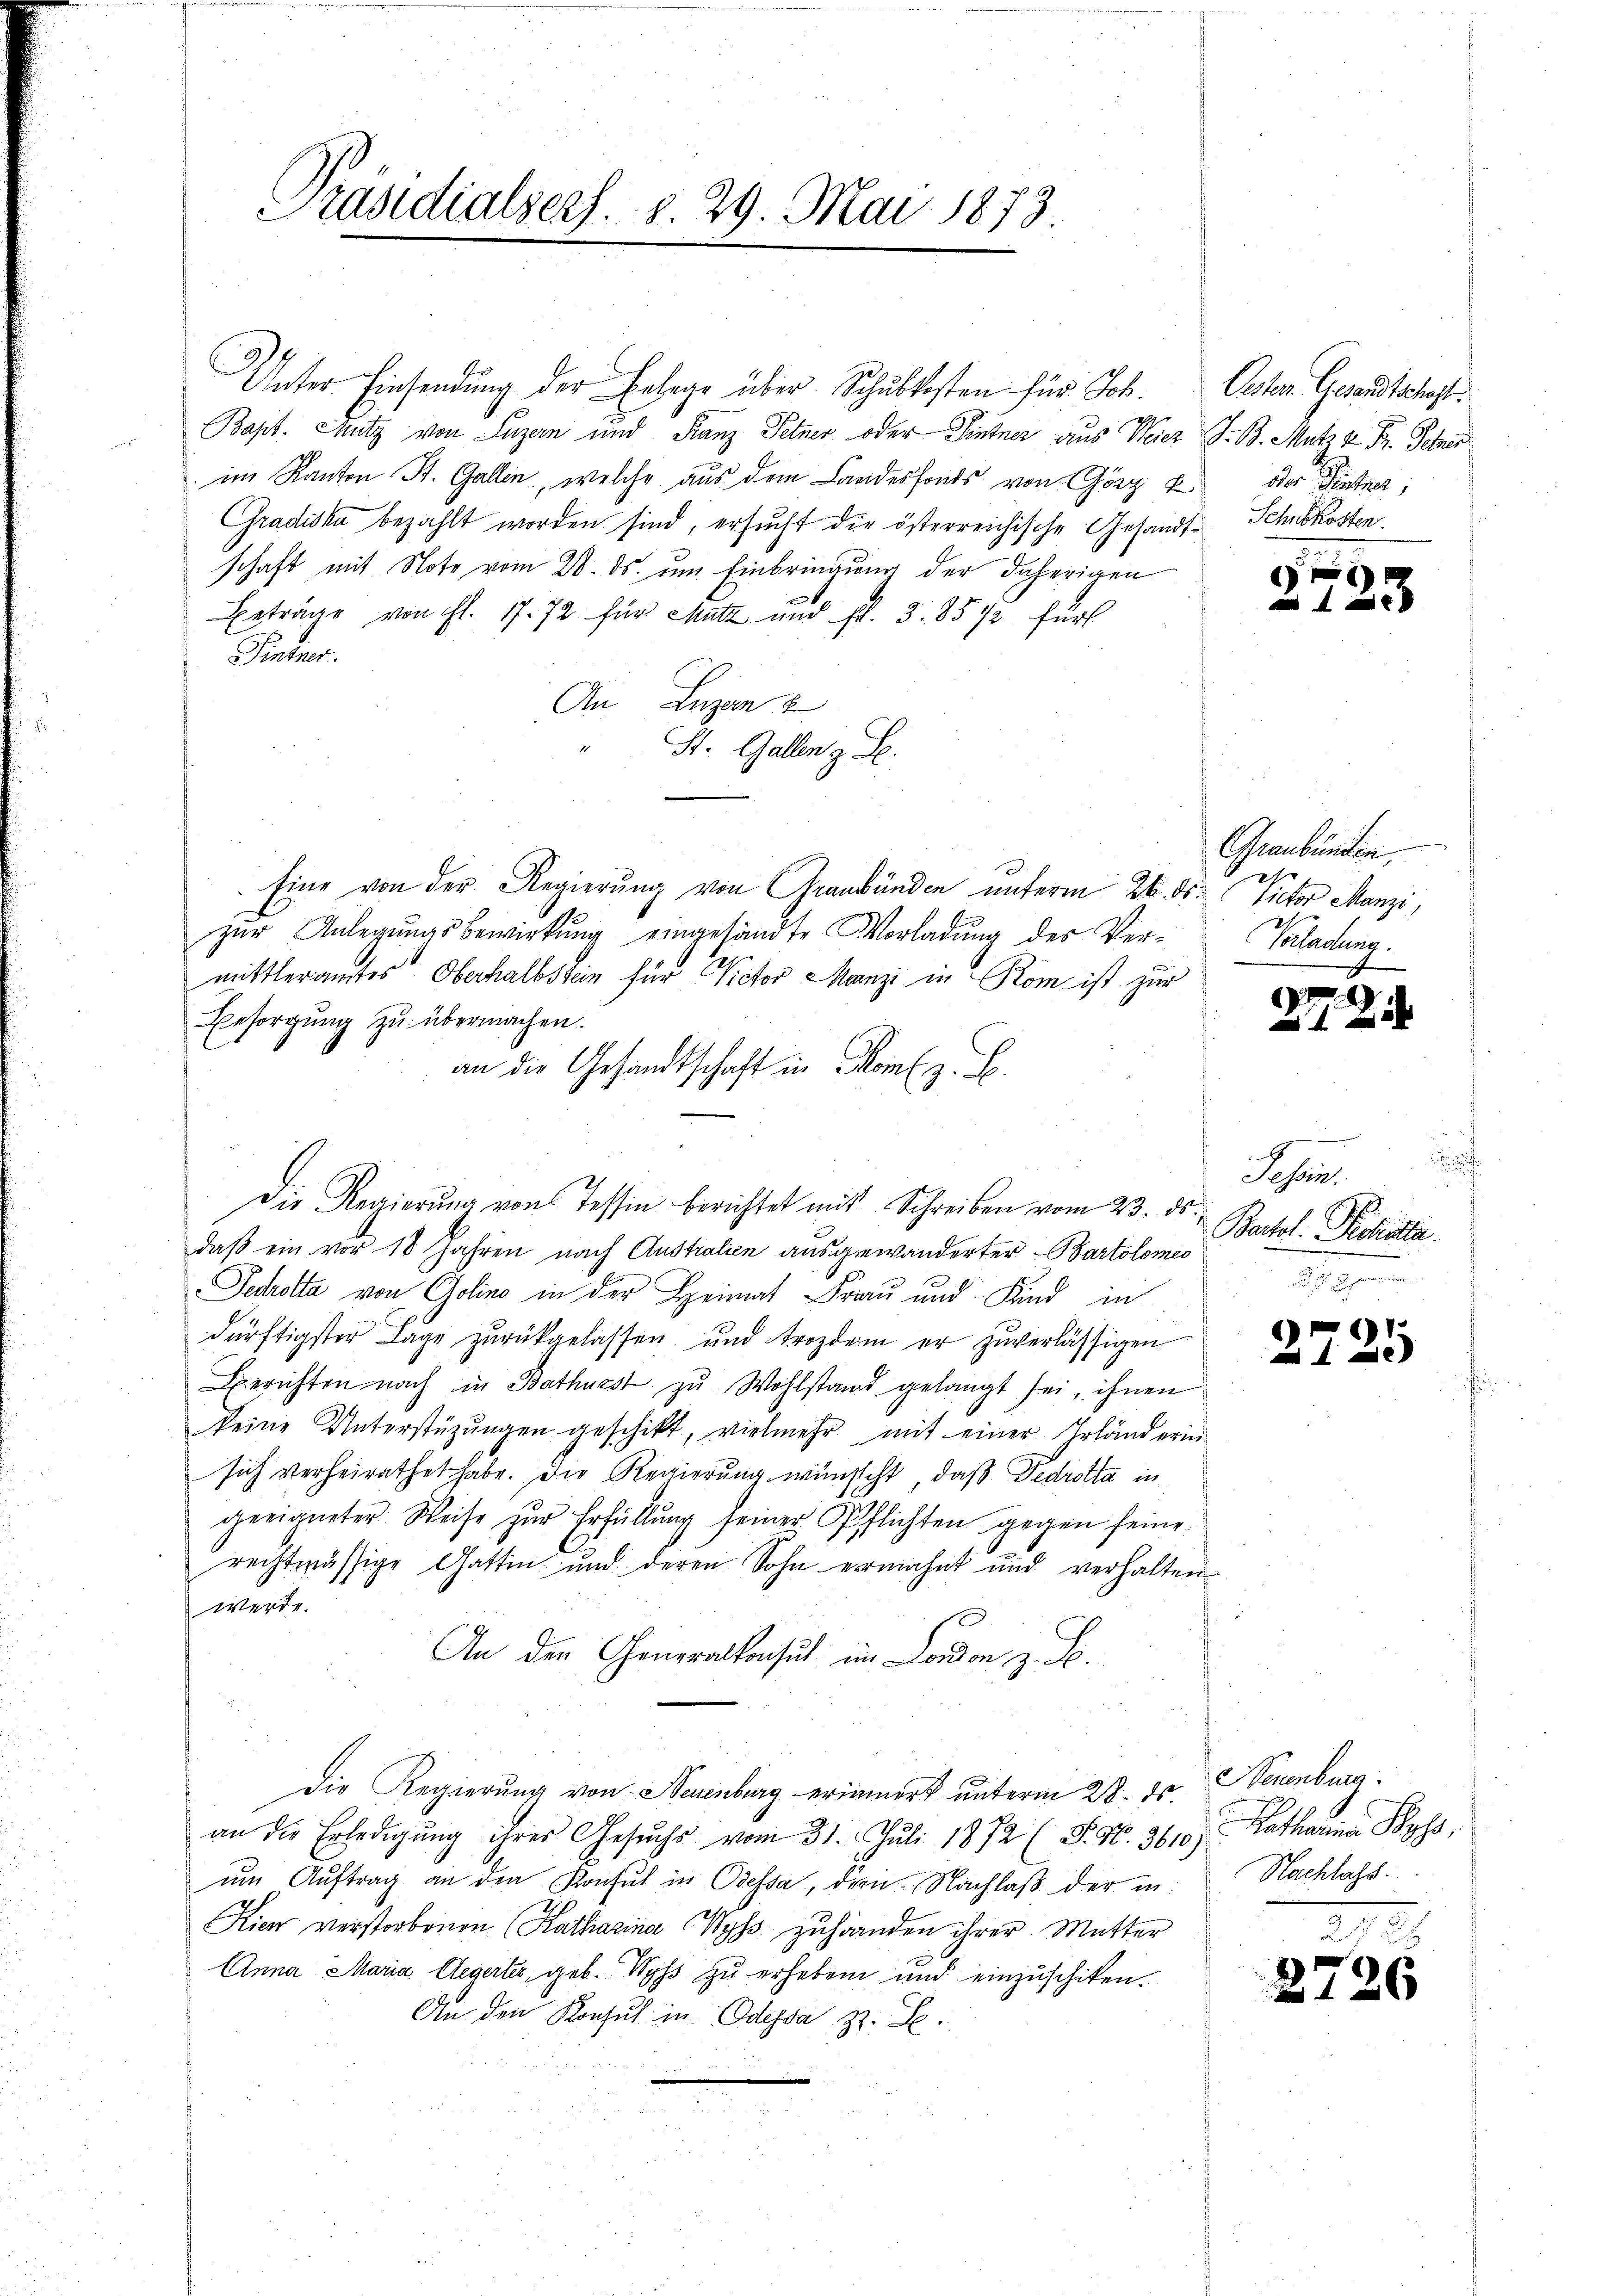
Präsidialsers. v. 29. Mai 1873

Unter Einsendung der Erlage über Schultesten für Joh.
Bapt. Schutz von Luzern und Franz Petner oder Dintner aus Weier J. B. Mut u. Fr. Schrei
im Kanton St. Gallen, welche aus dem Landesfonds von Görz 4. oder Hintner;
Gradiska bezahlt worden sind, ersucht die österreichische Gesandt-Schubkosten.
schaft mit Note vom 28. ds. um Einbringung der daherigen
Beträge von fl. 17. 72 für Mutz und p. 3. 85 1/2 für
Pintner.
An Luzern
St. Gallen z. B.
Eine von der Regierung von Graubünden unterm 26. ds. Victor Manzi,
zŭr Anlegŭngsbewirkŭng eingesandte Vorladung des Ver-
mittleramtes Oberhalbstein für Victor Manzi in Rom ist zur
Besorgung zu übermachen.
an die Gesandtschaft in Homl z. B.
Die Regierŭng von Tessin berichtet mit Schreiben vom 23. ds.
daß ein vor 18 Jahren nach Australien ausgewanderter - Bartolomes
Pechotta von Golino in der Heimat Frau und Kind in
dürftigster Lage zŭrückgelassen und trozdem er zŭverlässigen
Berichten nach in Bathüest zu Wohlstand gelangt sei, ihnen
keine Unterstüzungen geschikt, vielmehr mit einer Irländerin
sich verheirathet habe. Die Regierung wünscht, daß Fedrotta in
geeigneter Weise zur Erfüllung seiner Pflichten gegen seine
rechtmässige Gattin und deren Sohn ermahnt und verhalten
werde.
An den Generalkonsul im London z. B.
Die Regierung von Neuenburg erinnert unterm 28. ds. Neuenburg.
an die Erledigŭng ihres Gesŭchs vom 31. Jŭli 1872 (P. Nr. 3610)
ŭm Aŭftrag an den Konsul in Odessa, dien Nachlaß der in
Kien verstorbenen (Katharina Wyss zuhänden ihrer Mutter
Anna Maria, Elegerter, geb. Wyss zu erheben und einzuschiken.
An den Konsul in Odessa z. B.

Oesten Gesandtschaft.

9

Graubünden,
Vorladung.

4

Tessin.
Bartol. Politar
n
u

27

Ratharina Poss,
Nachlass.

2.

.

12
Der

6